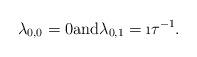
LaTeX: \begin{align*}\lambda_{0,0}=0\mbox{and}\lambda_{0,1}=\i\tau^{-1}.\end{align*}